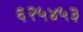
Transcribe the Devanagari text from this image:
६२५४५३